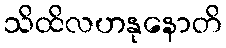
သိထိလဟနုနောတိ